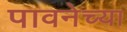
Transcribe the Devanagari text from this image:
पावनेच्या